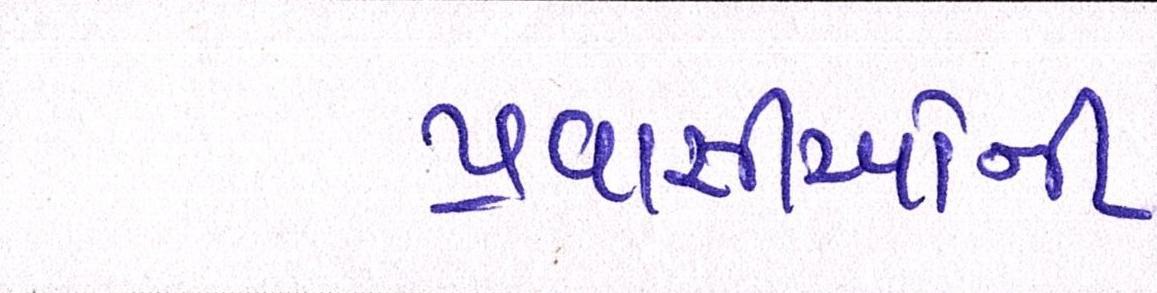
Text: પ્રવાસીઓની